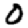
Digit: 0